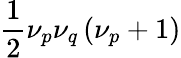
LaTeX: \frac{1}{2}\nu_{p}\nu_{q}\left(\nu_{p}+1\right)